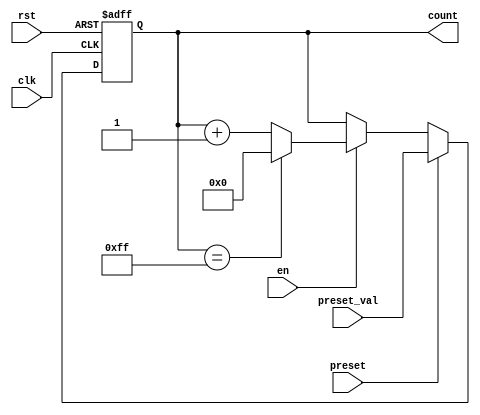
module presettable_counter (
    input wire clk,                // Clock signal
    input wire rst,                // Asynchronous reset signal
    input wire preset,             // Preset control signal
    input wire [7:0] preset_val,   // Preset value input (8 bits)
    input wire en,                 // Enable signal
    output reg [7:0] count         // Current count output (8 bits)
);

    // Define the maximum value for the counter (255 for 8-bit counter)
    localparam MAX_COUNT = 8'hFF;

    always @(posedge clk or posedge rst) begin
        if (rst) begin
            // Asynchronous reset
            count <= 8'b0;        // Reset count to 0
        end else if (preset) begin
            // Load preset value on next clock edge if preset is asserted
            count <= preset_val;   // Load the preset value
        end else if (en) begin
            // Increment the count if enabled
            if (count == MAX_COUNT) begin
                count <= 8'b0;      // Wrap around to 0 if max count is reached
            end else begin
                count <= count + 1; // Increment the count
            end
        end
    end

endmodule